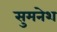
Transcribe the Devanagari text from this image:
सुमनेश